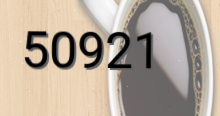
50921